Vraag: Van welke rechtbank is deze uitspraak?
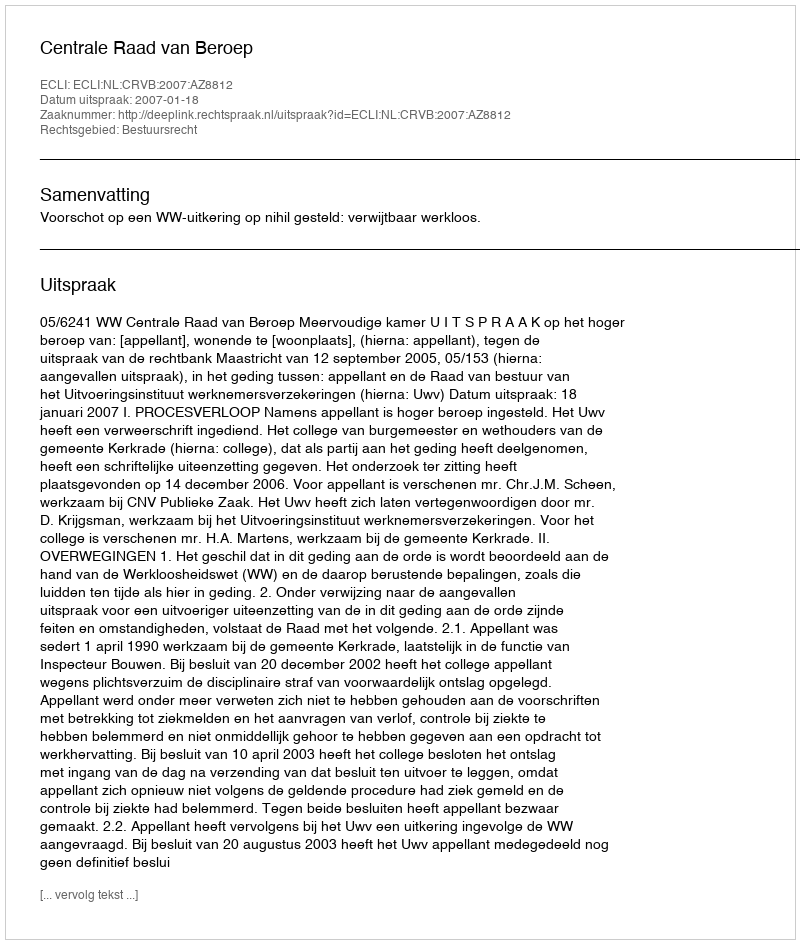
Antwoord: Centrale Raad van Beroep